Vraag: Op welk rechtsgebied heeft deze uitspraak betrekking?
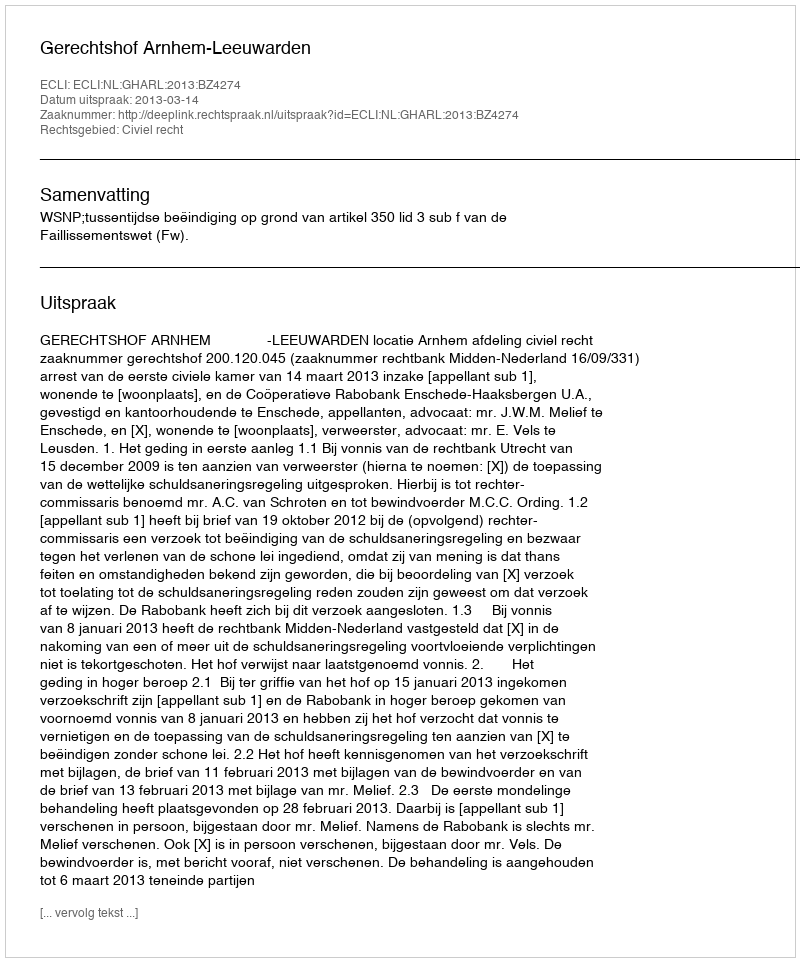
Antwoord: Civiel recht